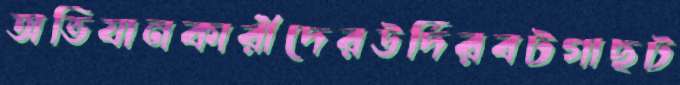
অভিযানকারীদেরউর্দিরবটগাছট